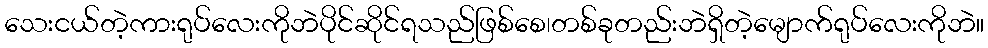
သေးငယ်တဲ့ကားရုပ်လေးကိုဘဲပိုင်ဆိုင်ရသည်ဖြစ်စေ၊တစ်ခုတည်းဘဲရှိတဲ့မျောက်ရုပ်လေးကိုဘဲ။